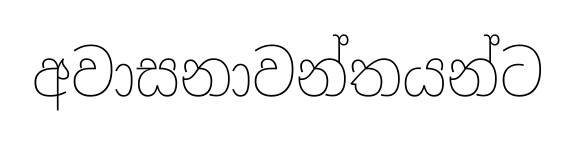
අවාසනාවන්තයන්ට